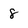
Character: 8